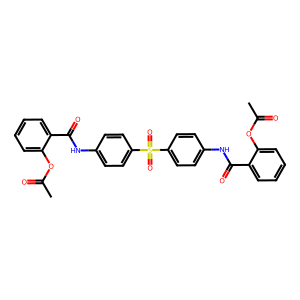
SMILES: CC(=O)Oc1ccccc1C(=O)Nc1ccc(S(=O)(=O)c2ccc(NC(=O)c3ccccc3OC(C)=O)cc2)cc1
Inhibits HIV replication: No